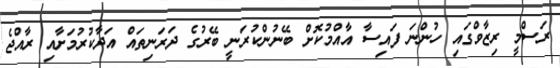
ރަސްމީ ރިޒާވްގައި ހުންނަ ފައިސާ އާއްމުކޮށް ބޭނުންކުރަނީ ބޭރުގެ ދަރަނިތައް އަދާކުރުމަށާއި ރާއްޖެ